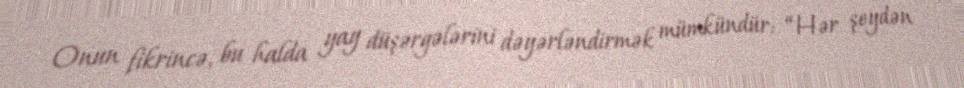
Onun fikrincə, bu halda yay düşərgələrini dəyərləndirmək mümkündür: “Hər şeydən